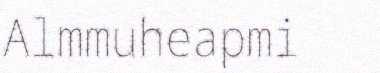
Almmuheapmi